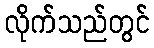
လိုက်သည်တွင်